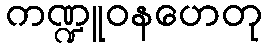
ကဏ္ဍူဝနဟေတု